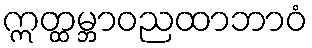
ဣတ္ထမ္ဘာဝညထာဘာဝံ